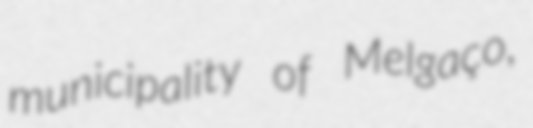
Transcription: municipality of Melgaço,